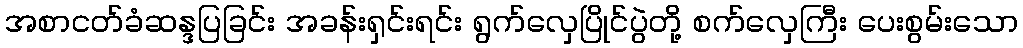
အစာငတ်ခံဆန္ဒပြခြင်း အခန်းရှင်းရင်း ရွက်လှေပြိုင်ပွဲတို့ စက်လှေကြီး ပေးစွမ်းသော